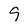
Character: 9